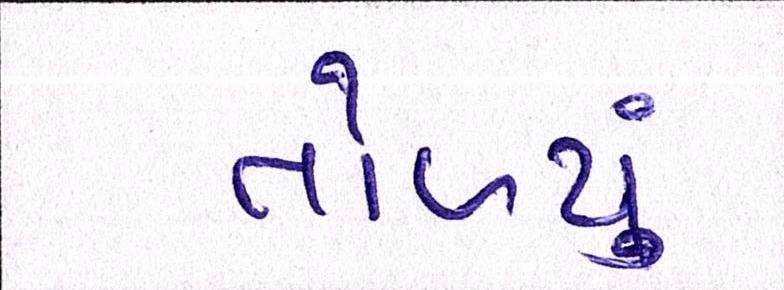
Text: તોળ્યું